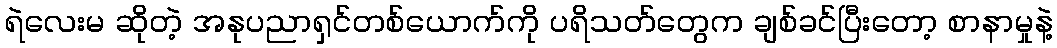
ရဲလေးမ ဆိုတဲ့ အနုပညာရှင်တစ်ယောက်ကို ပရိသတ်တွေက ချစ်ခင်ပြီးတော့ စာနာမှုနဲ့